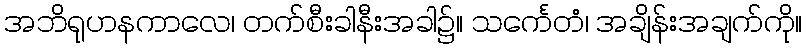
အဘိရုဟနကာလေ၊ တက်စီးခါနီးအခါ၌။ သင်္ကေတံ၊ အချိန်းအချက်ကို။